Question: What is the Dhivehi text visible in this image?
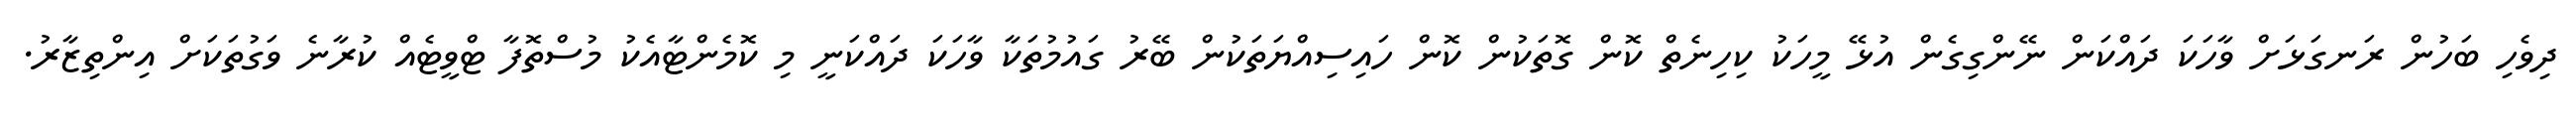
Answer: ދިވެހި ބަހުން ރަނގަޅަށް ވާހަކަ ދައްކަން ނޭންގިގެން އުޅޭ މީހަކު ކިހިނެތް ކޮން ގޮތަކުން ކޮން ހައިސިއްޔަތަކުން ބޭރު ގައުމުތަކާ ވާހަކަ ދައްކަނީ މި ކޮމެންޓާއެކު މުސްތޮފާ ޓްވީޓެއް ކުރާނެ ވަގުތަކަށް އިންތިޒާރު.